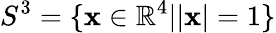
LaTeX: S^{3}=\{ {\mathbf x}\in\mathbb{R}^{4}||{\mathbf x}|=1\}